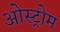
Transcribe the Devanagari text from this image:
ओस्ट्रोम